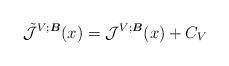
LaTeX: \begin{align*}\mathcal{\tilde{\mathcal{J}}}^{V;\boldsymbol{B}}(x)=\mathcal{J}^{V;\boldsymbol{B}}(x)+C_V\end{align*}